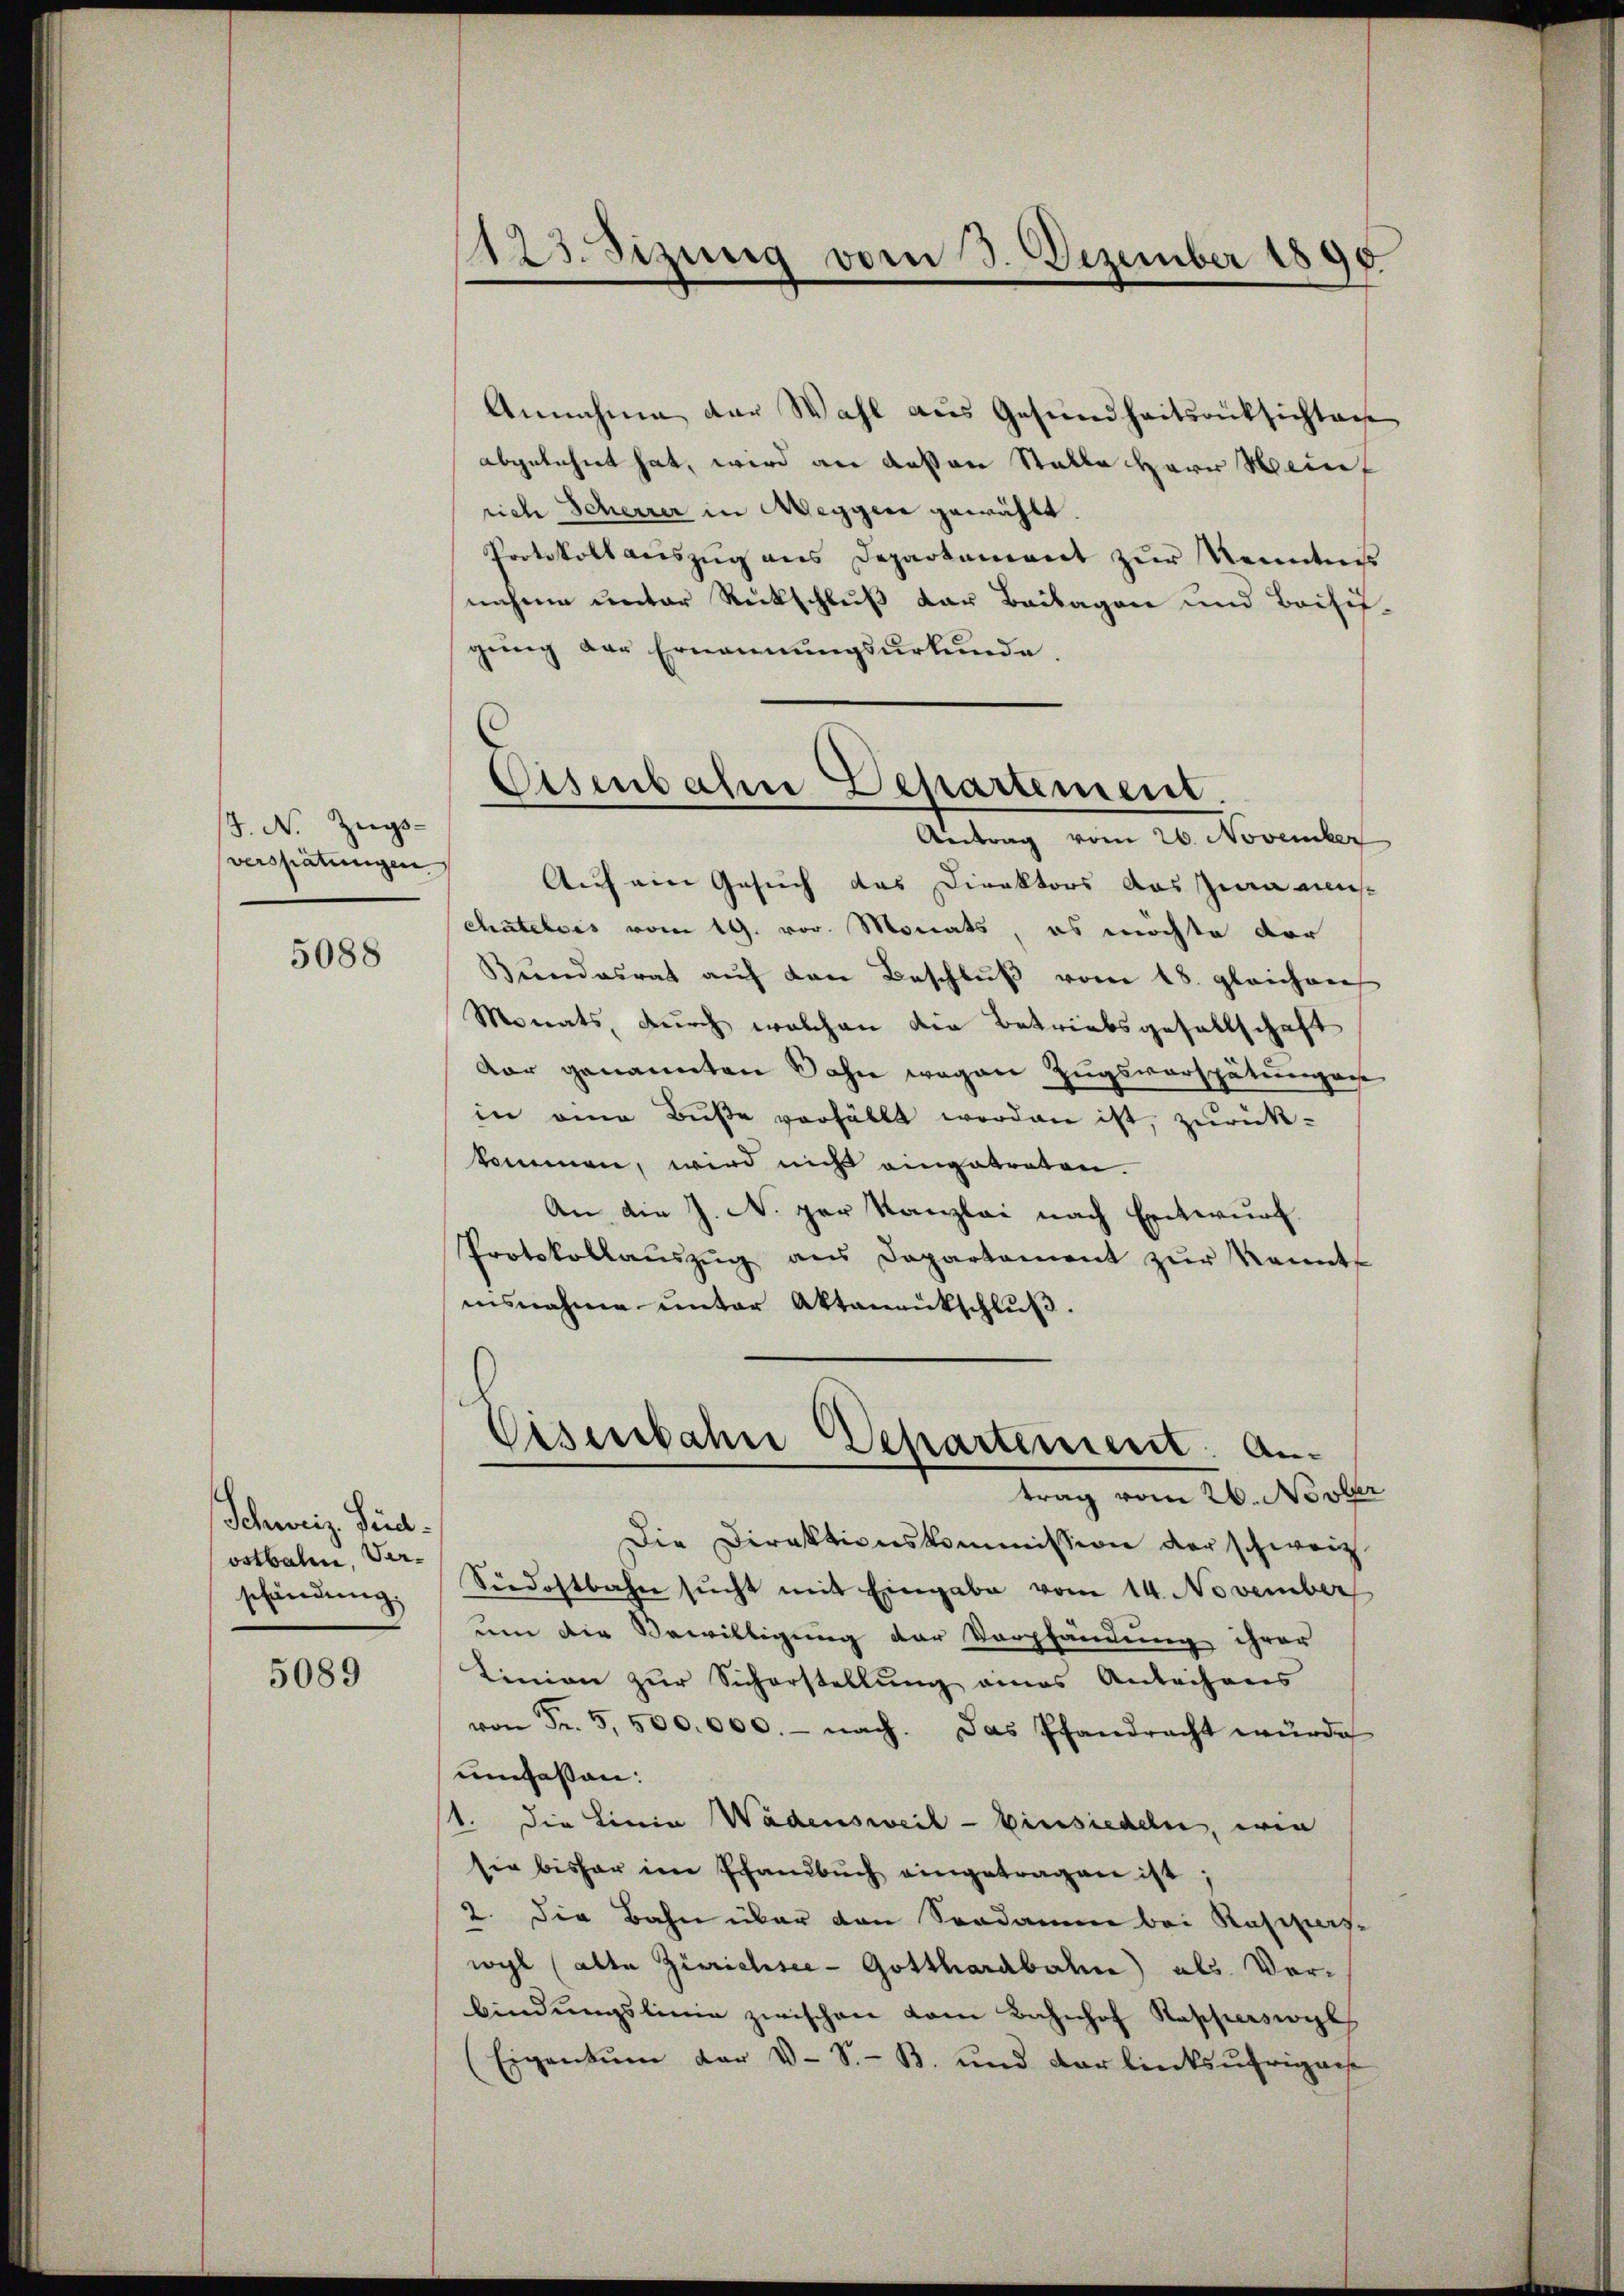
J. N. Zugs-
verspätungen

5088

Schweiz. Siedostbalen, Verschändung.

5089

1123. Sizung vom 3. Dezember 1890

Annahme der Wahl aus Gesundheitsrüksichten
abgelehnt hat, wird an dessen Stelle Herr Weinf
rich Scherrer in Wegger gewählt.
Protokoll aŭszŭg ans Departement zŭr Kenntnis
nahme unter Rückschluß der Beilagen und Beihifgung der Ernennungsurkunde.
Auf ein Gesuch das Direktors das Zwa mis
chatelois vom 19. vor. Monats, es möchte dor
Bŭndesrat aŭf den Beschlŭβ vom 18. gleichenr
Monats, durch welchen die Betriebsgesellschaft
dar genannten Sohne wegen Zugsverspätungen
in eine Buße verfällt worden ist, zurückkommen, wird nicht eingebraten.
An die J. N. per Kanzlei nach Entwurf.
Protokollaŭszŭg ans Departement zŭr Kennt
insnahme unter Aktenrütschluß.
d
Eisenbahre Departement. An-
trag vom 26. Novber
Die Direktionskommission der schweiz
Südostbahn sŭcht mit Eingabe vom 14. November
um die Bewilligung der Verpfändung ihrer
Linien zur Sicherstellung eines Anleihens
von Fr. 5,500.000.- nach. Das Pfandracht würde
umfassen:
1. Die Linia Wädensweil - Einsiedeln, wie
sie bisher im Sandbuch eingetragen ist
2. Die Bahn über den Sondame bei Rasipas-
wyl (alte Zürichsee - Gotthardbahn) als Vorbindŭngslinie zwischen vom Bahnhof Rappersink
Eigentum der V S. B. und der linksufrigens

Eisenbahn Departement.
Antrag vom 26. November